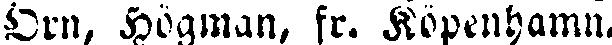
Örn, Högman, fr. Köpenhamn.